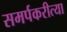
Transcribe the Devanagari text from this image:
समर्पकरीत्या